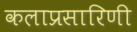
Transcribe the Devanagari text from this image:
कलाप्रसारिणी